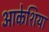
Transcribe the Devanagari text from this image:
आकेशिया